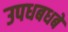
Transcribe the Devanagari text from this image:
उपधबधबे